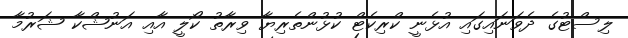
ލިސްޓުގެ ދެވަނައިގައި އުޅެނީ ކްރިކެޓް ކުޅުންތެރިޔާ ވިރާތު ކޯލީ އާއި އަނުޝްކާ ޝަރުމާ